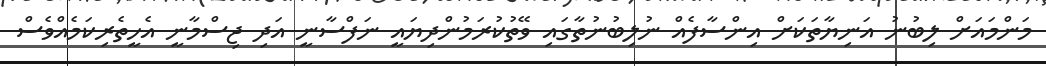
މަންމައަށް ލިބުނު އަނިޔާތަކަށް އިންސާފެއް ނުލިބުނުތާގައި ވޭތުކުރަމުންދިޔައީ ނަފްސާނީ އަދި ޖިސްމާނީ އެހީތެރިކަމެއްވެސް